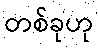
တစ်ခုဟု